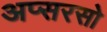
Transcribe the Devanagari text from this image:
अप्सरसो